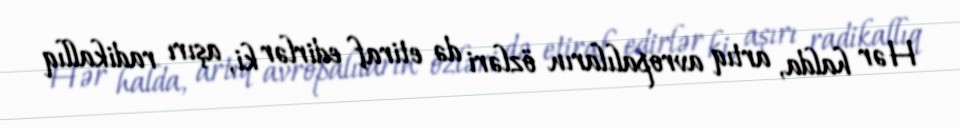
Hər halda, artıq avropalıların özləri də etiraf edirlər ki, aşırı radikallıq